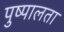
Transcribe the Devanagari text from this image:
पुष्पालता